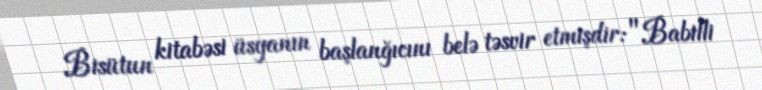
Bisütun kitabəsi üsyanın başlanğıcını belə təsvir etmişdir: "Babilli